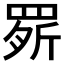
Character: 𦋒